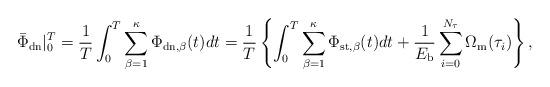
LaTeX: \begin{align*}\bar{\Phi}_{\rm{dn}}|^{T}_0 = \frac{1}{T} \int_0^T \sum_{\beta=1}^{\kappa}\Phi_{\rm{dn},\beta}(t) d t =\frac{1}{T} \left\{ \int_0^T \sum_{\beta=1}^{\kappa}\Phi_{\rm{st},\beta}(t) d t + \frac{1}{E_{\rm{b}}}\sum_{i=0}^{N_\tau}\Omega_{\rm{m}}(\tau_i)\right\},\end{align*}